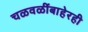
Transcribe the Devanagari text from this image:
चळवळींबाहेरही